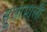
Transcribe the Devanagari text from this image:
सुआमाली